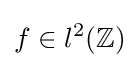
f\in l^{2}(\mathbb {Z} )